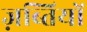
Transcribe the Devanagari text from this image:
ज़ब्तियों